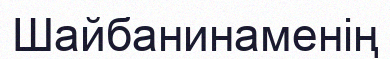
Шайбанинаменің